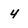
Character: 4